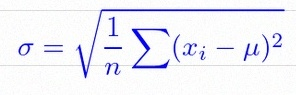
\sigma=\sqrt{\frac1n\sum(x_i-\mu)^2}